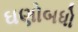
ઘણોબધો